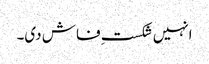
انہیں شکستِ فاش دی۔